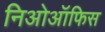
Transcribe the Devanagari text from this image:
निओऑफिस